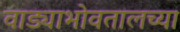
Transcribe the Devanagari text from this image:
वाड्याभोवतालच्या